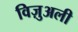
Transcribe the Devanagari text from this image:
विज़ुअली